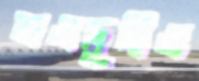
মওদুদীও